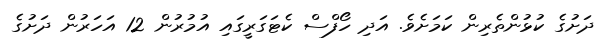
ދަށުގެ ކުޅުންތެރިން ކަމަށެވެ. އަދި ހޯފްސް ކެޓަގަރީގައި އުމުރުން 12 އަހަރުން ދަށުގެ